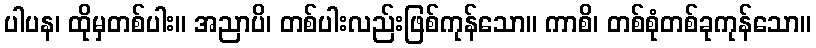
ပါပန၊ ထိုမှတစ်ပါး။ အညာပိ၊ တစ်ပါးလည်းဖြစ်ကုန်သော။ ကာစိ၊ တစ်စုံတစ်ခုကုန်သော။